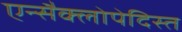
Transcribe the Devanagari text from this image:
एन्सैक्लोपेदिस्त